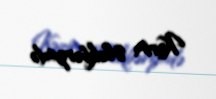
Kərim Ələkbərzadə